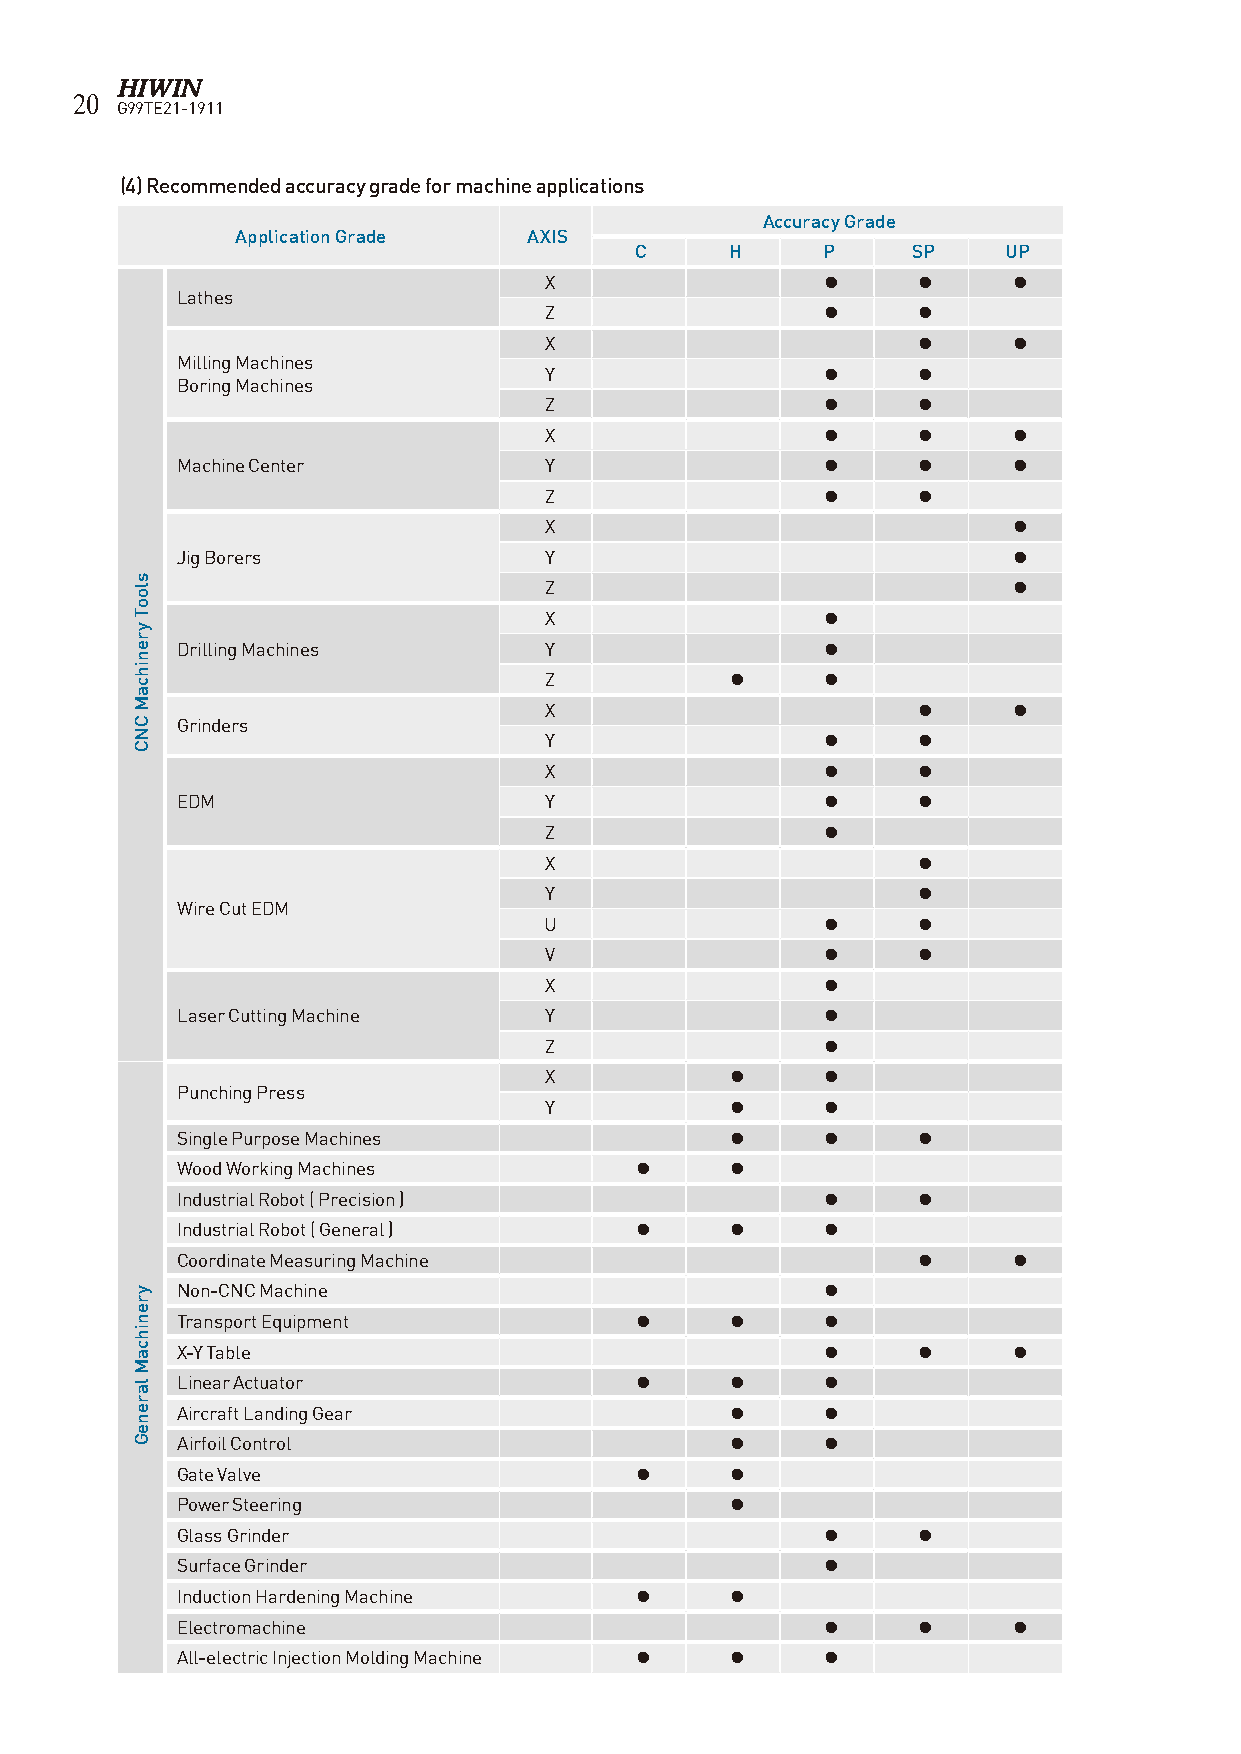
20
 G99TE21-1911
 (4) Recommended accuracy grade for machine applications
 Accuracy Grade
 Application Grade  AXIS
 C     H     P     SP     UP
 X                  ●     ●     ●
 Lathes
 Z                  ●     ●
 X                        ●     ●
 Milling Machines
 Y                  ●     ●
 Boring Machines
 Z                  ●     ●
 X                  ●     ●     ●
 Machine Center          Y                  ●     ●     ●
 Z                  ●     ●
 X                              ●
 Jig Borers              Y                              ●
 Z                              ●
 X                  ●
 Drilling Machines       Y                  ●
 Z           ●      ●
 X                        ●     ●
 Grinders
 Y                  ●     ●
 X                  ●     ●
 EDM                     Y                  ●     ●
 Z                  ●
 X                        ●
 Y                        ●
 Wire Cut EDM
 U                  ●     ●
 V                  ●     ●
 X                  ●
 Laser Cutting Machine   Y                  ●
 Z                  ●
 X           ●      ●
 Punching Press
 Y           ●      ●
 Single Purpose Machines             ●      ●     ●
 Wood Working Machines         ●     ●
 Industrial Robot ( Precision )             ●     ●
 Industrial Robot ( General )  ●     ●      ●
 Coordinate Measuring Machine                     ●     ●
 Non-CNC Machine                            ●
 Transport Equipment           ●     ●      ●
 X-Y Table                                  ●     ●     ●
 Linear Actuator               ●     ●      ●
 Aircraft Landing Gear               ●      ●
 Airfoil Control                     ●      ●
 Gate Valve                    ●     ●
 Power Steering                      ●
 Glass Grinder                              ●     ●
 Surface Grinder                            ●
 Induction Hardening Machine   ●     ●
 Electromachine                             ●     ●     ●
 All-electric Injection Molding Machine ● ● ●
 slooT
 yrenihcaM
 CNC
 yrenihcaM
 lareneG